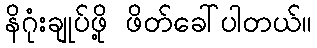
နိဂုံးချုပ်ဖို့ ဖိတ်ခေါ်ပါတယ်။